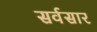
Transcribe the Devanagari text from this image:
सर्वसार